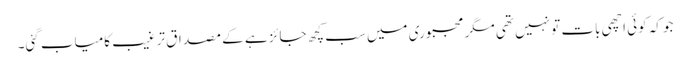
جو کہ کوئی اچھی بات تو نہیں تھی مگر مجبوری میں سب کچھ جائز ہے کے مصداق ترغیب کامیاب گئی۔